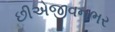
છીએજીવનભર